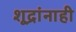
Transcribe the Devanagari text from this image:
शूद्रांनाही